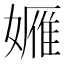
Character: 𱙭